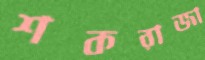
শকরাজা